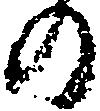
の